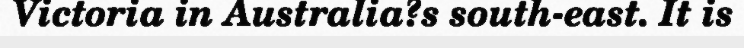
Victoria in Australia?s south-east. It is